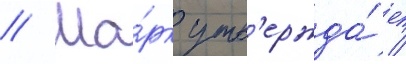
// Ма́рк утв'ержда́ет /